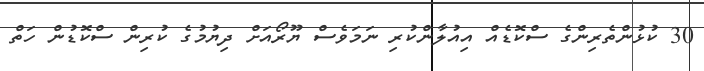
30 ކުޅުންތެރިންގެ ސްކޮޑެއް އިއުލާންކުރި ނަމަވެސް ޔޫރޯއަށް ދިޔުމުގެ ކުރިން ސްކޮޑުން ހަތް